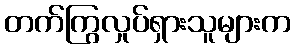
တက်ကြွလှုပ်ရှားသူများက